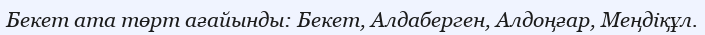
Бекет ата төрт ағайынды: Бекет, Алдаберген, Алдоңғар, Меңдіқұл.